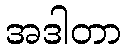
အဒါတာ